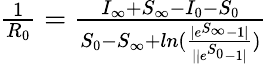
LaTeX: \begin{array}{r}{\frac{1}{R_{0}}=\frac{I_{\infty}+S_{\infty}-I_{0}-S_{0}}{S_{0}-S_{\infty}+ln(\frac{|e^{S_{\infty}}-1|}{||e^{S_{0}}-1|})}}\end{array}